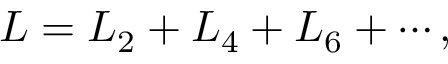
{ \cal L } = { \cal L } _ { 2 } + { \cal L } _ { 4 } + { \cal L } _ { 6 } + \cdots ,